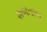
શબતાબ